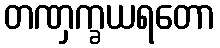
တဏှက္ခယရတော